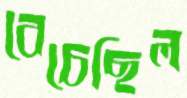
বেচেছিল